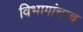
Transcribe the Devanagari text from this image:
विभागांचाच